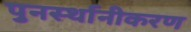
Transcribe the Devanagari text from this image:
पुनर्स्थानीकरण